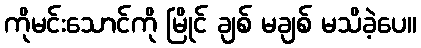
ကိုမင်းသောင်ကို မြိုင် ချစ် မချစ် မသိခဲ့ပေ။